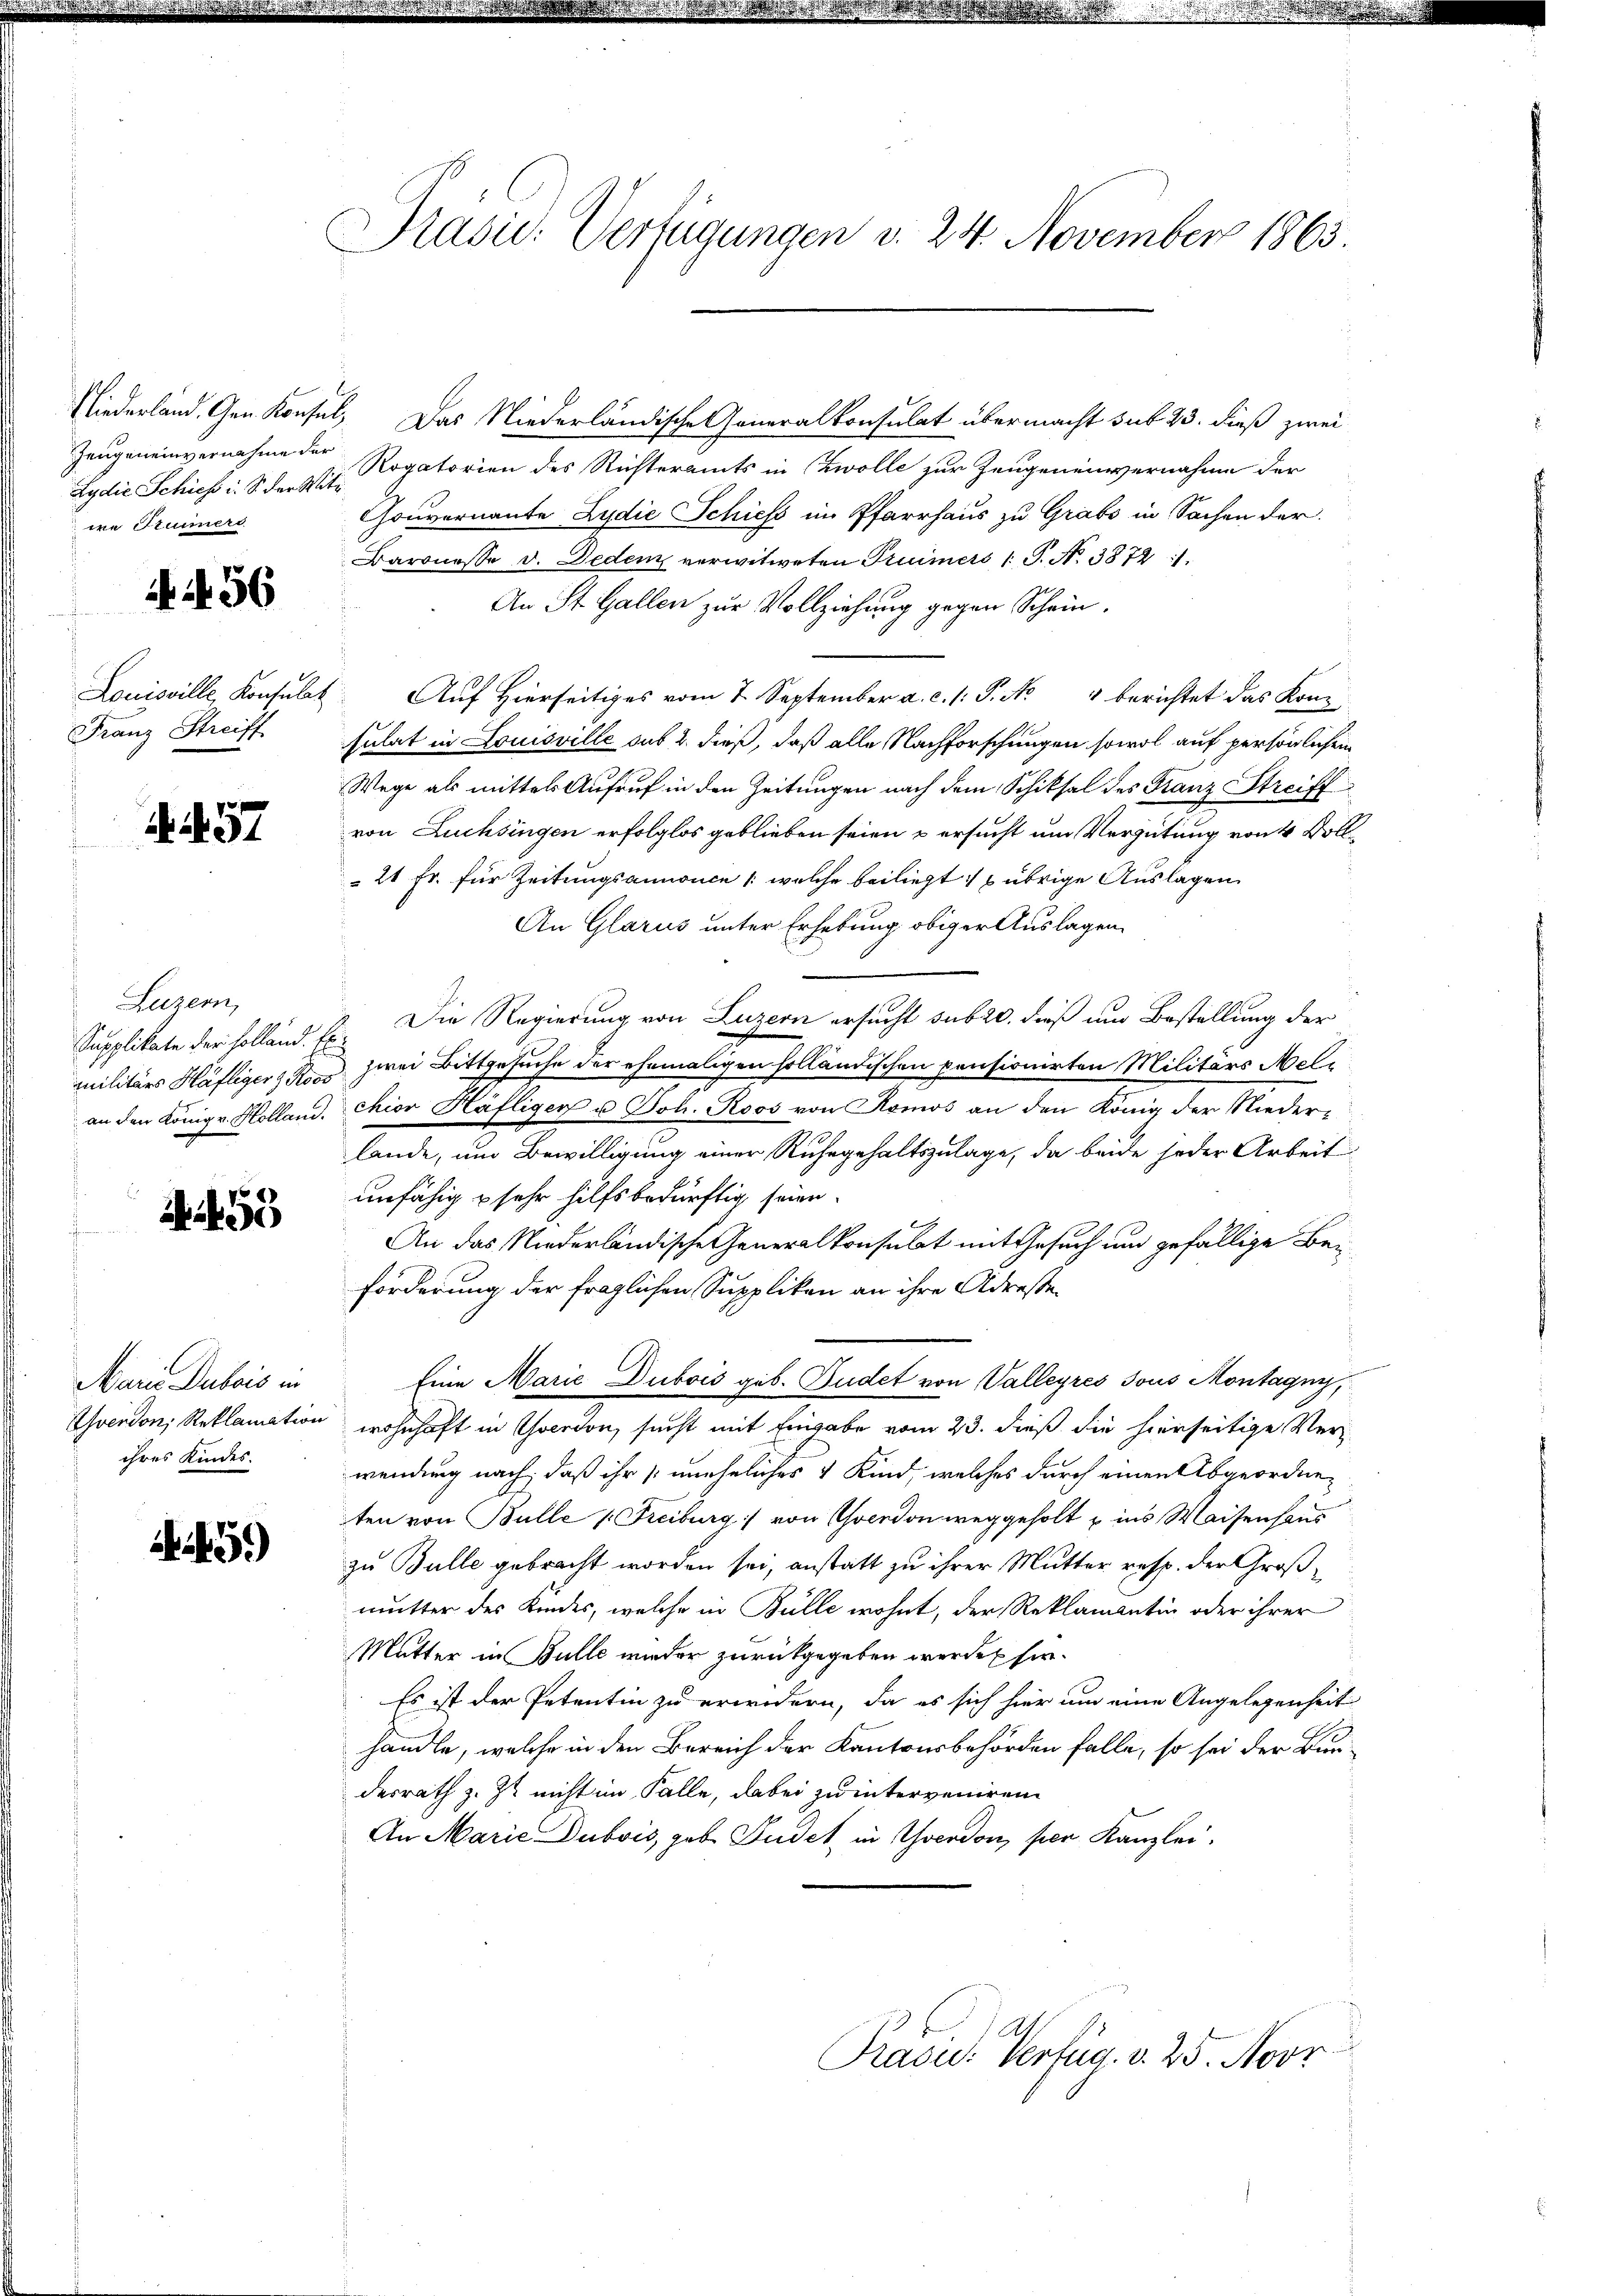
Zeugeneinvernahme der
Lydie Schies i. S. der Mitwe Truners

456

Franz Streiff

57

Jugen,

455

Marie Dubois in
ihres Kindes.

45.)

Prasic: Verfügungen v. 24. November 1863.

Niederland. Gen. Konsul, Das Niederländische Generalkonsulat übermacht sub 23. dieß zwei
Rogatorien des Richteramts in Zwolle zur Zeugenenvernahme der
Gouvernannte Ludie Schiess im Pfarrhaus zu Grabs in Sachen der
Baronesse v. Dedem verwitweten Trümers (T. No 38721.
An St. Gallen zur Vollziehung gegen Schein.
Louisville Konsulat Auf Hierseitiges vom 7. September a. c. l. P. N. 4 berichtet das Kon-
sulat in Louisville sub 2. dieß, daß alle Nachforschungen sowol auf persönlichem
Wege als mittels Aufruf in den Zeitungen nach dem Schiksal des Franz Streiff
von Luchsingen erfolglos geblieben seien u ersucht um Vergütung von 4 Voll¬
21 Fr. für Zeitungsannonce /: welche beiliegt & übrige Auslagen
An Glarus unter Erhebung obiger Auslagen
Supplikate der Holland E. Die Regierung von Luzern ersucht sub 20. dieß um Bestellung der
militärs Häfliger Ross zwei Bittgesuche der ehemaligen holländischen pensionirten Militärs Melan den Königr. Kolland. chior Häfliger u Joh. Roos von Komos an den König der Niederlande, um Bewilligung einer Ruhegehaltszulage, da beide jeder Arbeit
unfähig u sehr hilfsbedürftig seien.
An das Niederländische Generalkonsulat mit Gesuch und gefällige Beiforderung der fraglichen Supplikan an ihre Adresse¬
Eine Marie Dubois geb. Budet von Valleyres Jous Montagny,
Svendon, Reklamation wohnhaft in Averson, sucht mit Eingabe vom 23. dieß die hierseitige Verwendung nach, daß ihr uneheliches 4 Kind, welches durch einen Abgeordneten von Bulle (Freiburg von Yverdon weggeholt u ins Waisenhaus
zu Bulle gebracht worden sei, anstatt zu ihrer Mutter resp. der Großmutter des Kindes, welche in Bülle wohnt, der Reklamantin oder ihrer
Mutter in Bulle wieder zurückgegeben werden sie.
Es ist der Petentin zu erwidern, da es sich hier um eine Angelegenheit
handle, welche in den Bereich der Kantonsbehörden falle, so sei der Burdesrath z. Zt. nicht im Falle, dabei zu interveniren
An Marie Dubois, geb. Pudet in Yverdon, per Kanzlei,

Prasid. Verfüg. v. 25. Novr